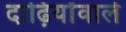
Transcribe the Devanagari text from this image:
दाढ़ियोंवाले